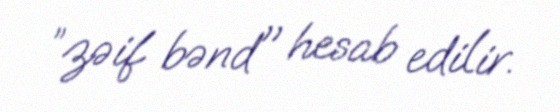
”zəif bənd" hesab edilir.